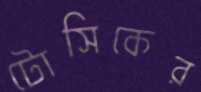
টোসিকের